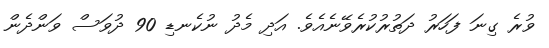
ވުރެ ގިނަ ފަހަރު ދަތުރުކުރެވޭނެއެވެ. އަދި މެދު ނުކެނޑި 90 ދުވަސް ވަންދެން